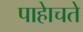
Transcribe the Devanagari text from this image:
पाहेाचते